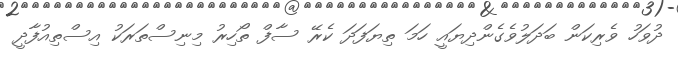
ދުވަހު ވެރިކަން ބަދަލުވެގެންދިޔައީ ހަމަ ތިޔަފަދަ ކެރޭ ސާފް ތޯހިރު މިނިސްތަރަކު އިސްތިއުފާދީ